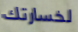
لخسارتك